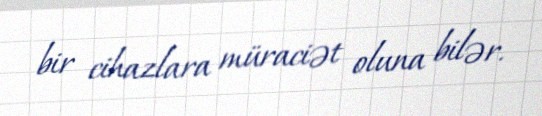
bir cihazlara müraciət oluna bilər.